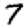
Digit: 7